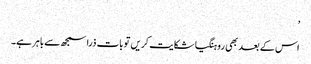
’
اس کے بعد بھی روہنگیا شکایت کریں تو بات ذرا سمجھ سے باہر ہے۔